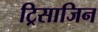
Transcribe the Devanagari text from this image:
ट्रिसाजिन